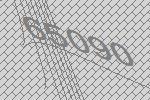
65090